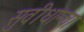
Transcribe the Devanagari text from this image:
सुवीधान्चा